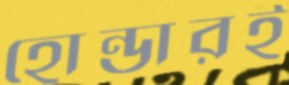
হোন্ডারই